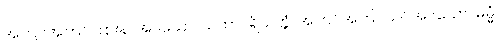
အကြင်အကြင်ကြားနာအပ်သော။ ယထာပရိယတ္တံ၊ အကြင်အကြင်သင်အပ်သော။ ဓမ္မံ၊